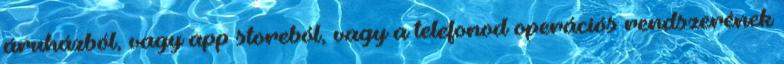
áruházból, vagy app storeból, vagy a telefonod operációs rendszerének